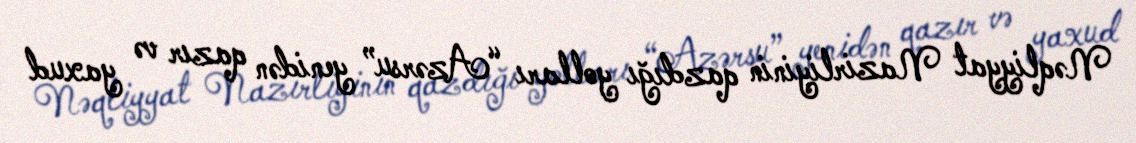
Nəqliyyat Nazirliyinin qazdığı yolları “Azərsu” yenidən qazır və yaxud